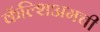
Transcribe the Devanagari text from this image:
कॅल्शिअमची